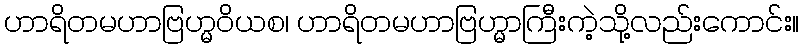
ဟာရိတမဟာဗြဟ္မဝိယစ၊ ဟာရိတမဟာဗြဟ္မာကြီးကဲ့သို့လည်းကောင်း။